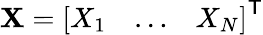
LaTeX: \mathbf{X}={\left[\begin{array}{lll}{X_{1}}&{\dots}&{X_{N}}\end{array}\right]}^{\textsf{{T}}}